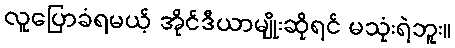
လူပြောခံရမယ့် အိုင်ဒီယာမျိုးဆိုရင် မသုံးရဲဘူး။